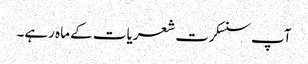
آپ سنسکرت شعریات کے ماہ رہے۔